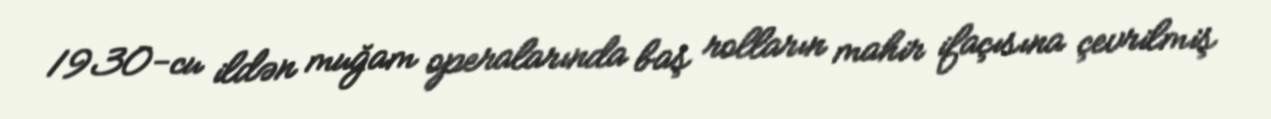
1930-cu ildən muğam operalarında baş rolların mahir ifaçısına çevrilmiş